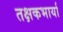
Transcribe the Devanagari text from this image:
तक्षकभार्या